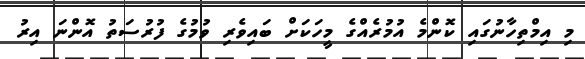
މި އިމްތިހާނުގައި ކޮންމެ އުމުރެއްގެ މީހަކަށް ބައިވެރި ވުމުގެ ފުރުސަތު އޮންނަ އިރު